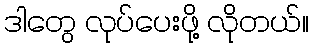
ဒါတွေ လုပ်ပေးဖို့ လိုတယ်။